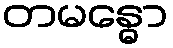
တမန္ဓော